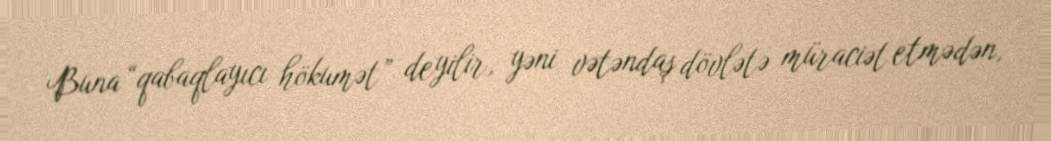
Buna “qabaqlayıcı hökumət” deyilir, yəni vətəndaş dövlətə müraciət etmədən,